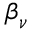
{ { \boldsymbol \beta } } _ { \nu }